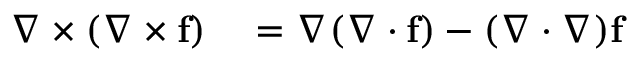
\begin{array} { r l } { \nabla \times ( \nabla \times \mathbf { f } ) } & { { } = \nabla ( \nabla \cdot \mathbf { f } ) - ( \nabla \cdot \nabla ) \mathbf { f } } \end{array}